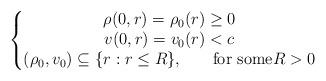
LaTeX: \begin{align*}\left\{\begin{matrix}\rho(0,r)=\rho_{0}(r)\geq0\\v(0,r)=v_{0}(r)<c\\(\rho_{0},v_{0})\subseteq\{r:r\leq R\}\text{, \ \ \ \ \ for some}R>0\end{matrix}\right. \end{align*}